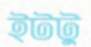
ইটটু